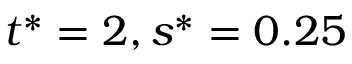
t ^ { * } = 2 , s ^ { * } = 0 . 2 5